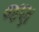
જણ